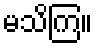
မသိကြ။